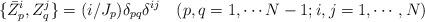
LaTeX: \begin{align*}\{\bar Z^i_p, Z^j_q\}=(i/J_p)\delta_{pq}\delta^{ij}\quad (p,q=1,\cdots N-1;i,j=1,\cdots,N)\end{align*}